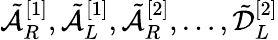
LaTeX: \tilde{\mathcal{A}}_{R}^{[1]},\tilde{\mathcal{A}}_{L}^{[1]},\tilde{\mathcal{A}}_{R}^{[2]},\dots,\tilde{\mathcal{D}}_{L}^{[2]}